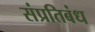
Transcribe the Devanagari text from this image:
संप्रतिबंध